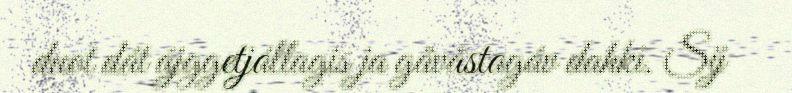
duot dát ájggetjállagis ja gåvåstagáv dahki. Sij